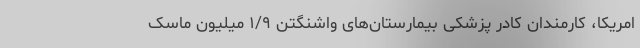
امریکا، کارمندان کادر پزشکی بیمارستان‌های واشنگتن ۱/۹ میلیون ماسک